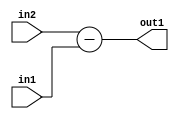
`timescale 1ps / 1ps
/*****************************************************************************
    Verilog RTL Description
    
    
    Created by: Stratus DpOpt 2019.1.01 
*******************************************************************************/

module pw_feature_addr_gen_Sub_16Ux6U_17S_4 (
	in2,
	in1,
	out1
	); /* architecture "behavioural" */ 
input [15:0] in2;
input [5:0] in1;
output [16:0] out1;
wire [16:0] asc001;

assign asc001 = 
	+(in2)
	-(in1);

assign out1 = asc001;
endmodule

/* CADENCE  ubLwQwg= : u9/ySgnWtBlWxVPRXgAZ4Og= ** DO NOT EDIT THIS LINE ******/